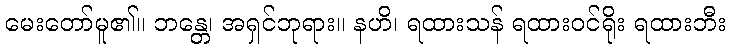
မေးတော်မူ၏။ ဘန္တေ၊ အရှင်ဘုရား။ နဟိ၊ ရထားသန် ရထားဝင်ရိုး ရထားဘီး